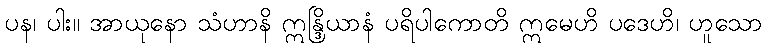
ပန၊ ပါး။ အာယုနော သံဟာနိ ဣန္ဒြိယာနံ ပရိပါကောတိ ဣမေဟိ ပဒေဟိ၊ ဟူသော